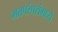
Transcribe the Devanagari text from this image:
मतपरंपरांमध्ये